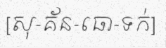
[សុ-គ័ន-ធោ-ទក់]